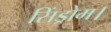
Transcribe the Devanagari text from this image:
सिंड्रोम।